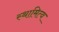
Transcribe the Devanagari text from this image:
स्थामित्व